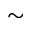
\sim